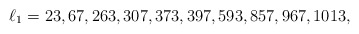
\begin{align*}\ell_1 =23,67,263,307,373,397,593,857,967,1013,\end{align*}